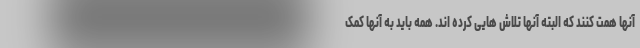
آنها همت کنند که البته آنها تلاش هایی کرده اند. همه باید به آنها کمک